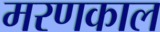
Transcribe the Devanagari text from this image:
मरणकाल